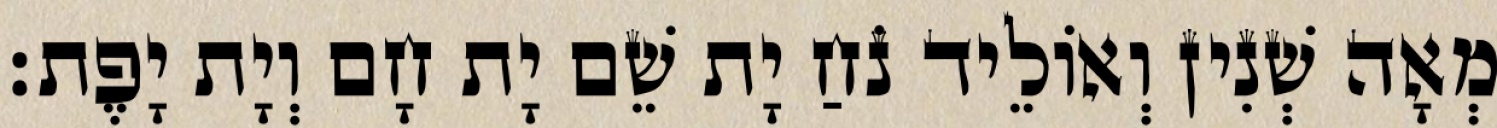
מְאָה שְׁנִין וְאוֹלֵיד נֹחַ יָת שֵׁם יָת חָם וְיָת יָפֶת׃